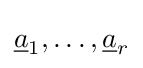
{\underline {a}}_{1},\ldots ,{\underline {a}}_{r}